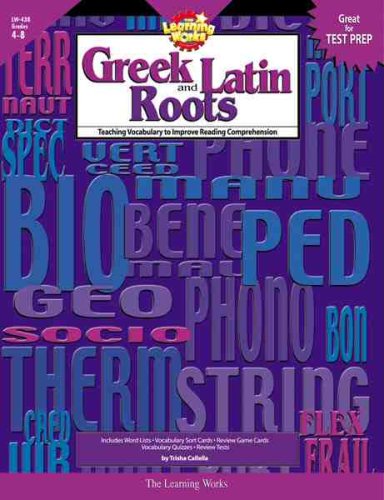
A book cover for Learning Works Greek and Latin Roots - Grade Level 4 to 8; Trisha Callella; Reference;